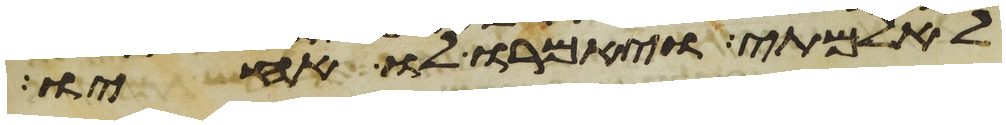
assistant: לאלמתי ויאמרו לו אחיו